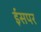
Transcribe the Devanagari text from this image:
ईसपर